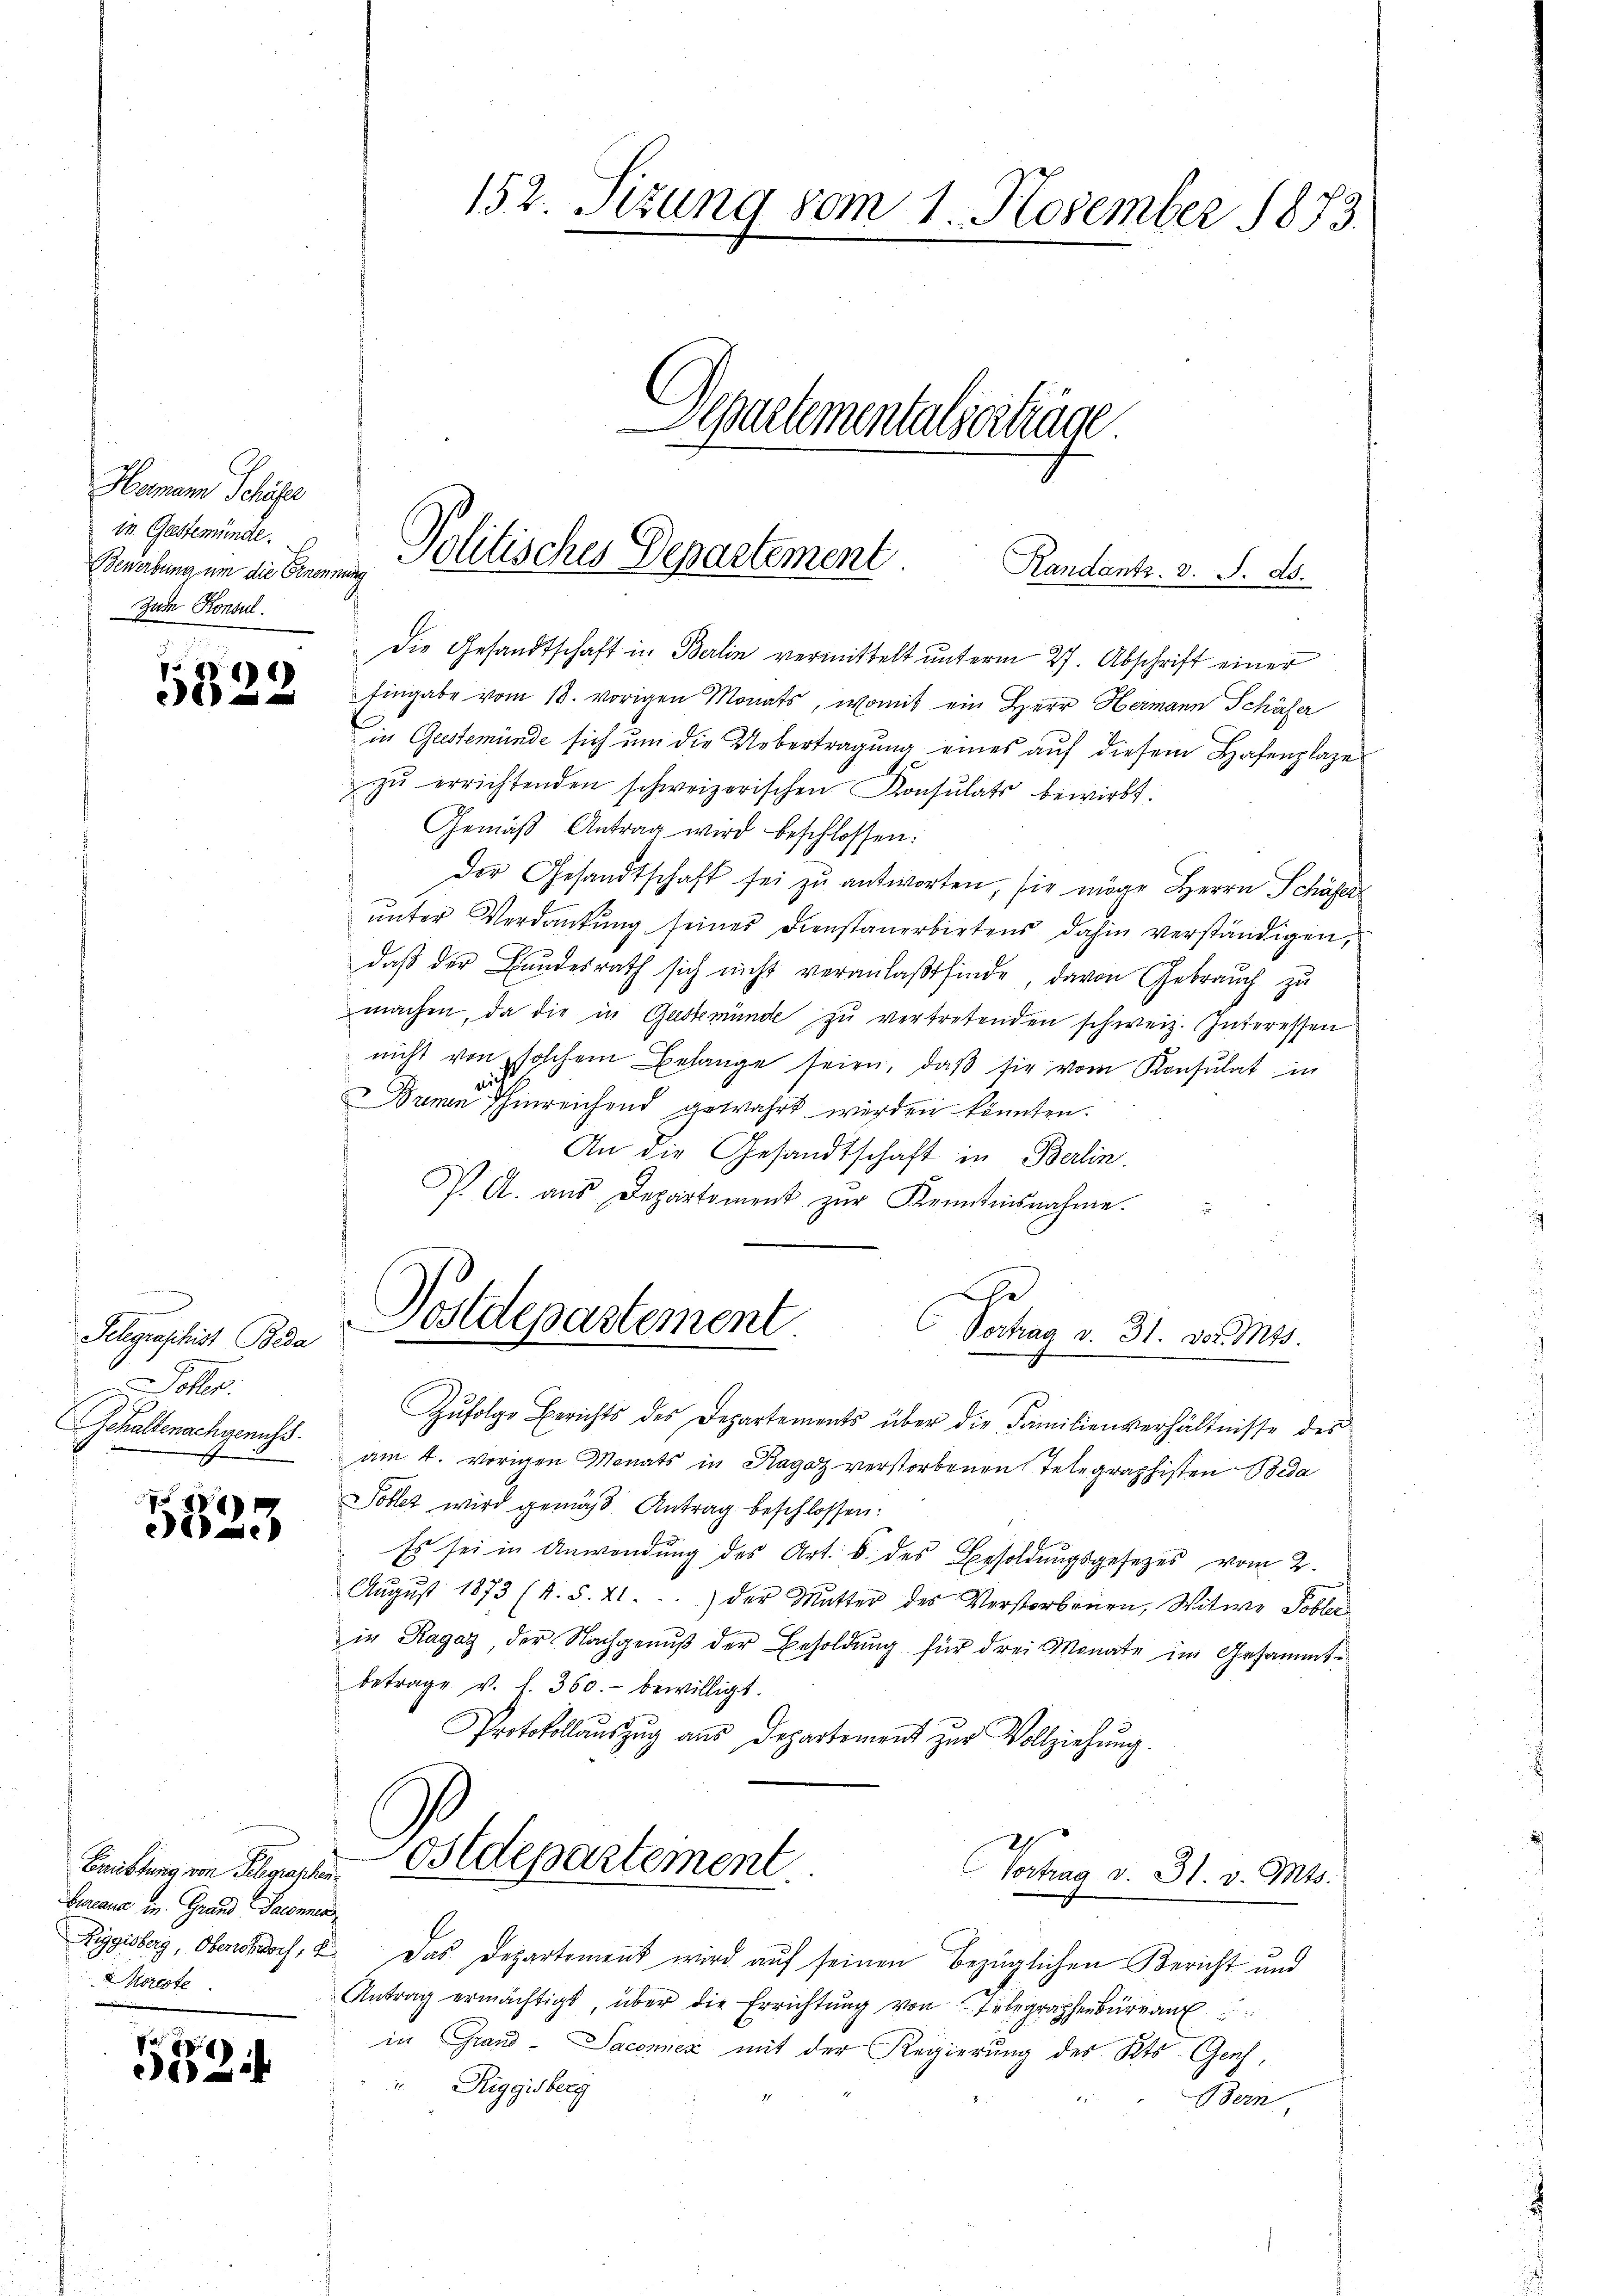
Hamann Schöfe
in Gestemünde.
Bewerbung um die Ernennung
Zum Konsul

)
e

Seligraschist Beda

Gehaltenachgeruchs.
x

8
e

Brüttung von Gelegraphen
bureaus in Grand Pacennen
Riggisberg, Obersdorf, k
Morcote

82

152. Sitzung vom 1. November 1873.

Separtementalserträge
.

Politisches Departement Randentr. v. S. ds.

Die Gesandtschaft in Berlin vermittelt unterm 27. Abschrift einer
Eingabe vom 18. vorigen Monats, womit ein Herr Hermann Schäfer
in Gestemünde sich um die Uebertragung eines auf diesem Hafenplaze
zŭ errichtenden schweizerischen Konsulats bewirkt.
Gemäß Antrag wird beschlossen:
Der Gesandtschaft sei zu antworten, sie möge Herrn Schäfer
unter Verdankung seiner Dienstanerbietens dahin verständigen,
daß der Bundesrath sich nicht veranlaßt finde, davon Gebrauch zu
machen, da die in Gastmünde zu vertretenden schweiz. Interessen
nicht von solchem Belange seien, daβ sie vom Konsulat in
Damen hinreichend gewahrt werden könnten.
An die Gesandtschaft in Berlin.
P. A. aŭs Departement zŭr Kenntnisnahme.
Zŭfolge Berichts des Departements über die Familienverhältnisse des
am 4. vorigen Monats in Ragaz verstorbenen Telegraphisten Beda
Tobler wird gemäß Antrag beschlossen:
Es sei in Anwendung des Art. 8. des Besoldungsgesezes vom 2.
Aŭgŭst 1873 (s. S. 21...) der Mutter des Verstorbenen, Witwe Tobler
in Ragaz, der Nachgenuß der Besoldung für drei Monate im Gesammtbetrage v. l. 360.- bewilligt.
Protokollauszug aus Departement zur Vollziehung.
Ostdepartement
Vertrag v. 31. v. Mts.
E
" Das Departement wird aŭf seinen bezüglichen Bericht und
Antrag ermächtigt, über die Errichtung von begraphenbur
in Grand-Sacenicz mit der Regierung des Kts. Genf,
Riggisberg
Bern

d
Postdepartement.
Vortrag v. 31. vor. Mts.